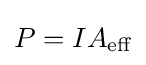
P=IA_{\text{eff}}